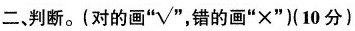
二、判断。(对的画“√”错的画”×”)(10分)